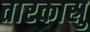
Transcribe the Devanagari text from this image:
तारकास्रु